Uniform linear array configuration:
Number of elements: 24
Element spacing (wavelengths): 0.25
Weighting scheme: exponential
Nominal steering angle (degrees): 15
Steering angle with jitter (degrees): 16.267
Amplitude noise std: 0.05
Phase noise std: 0.05

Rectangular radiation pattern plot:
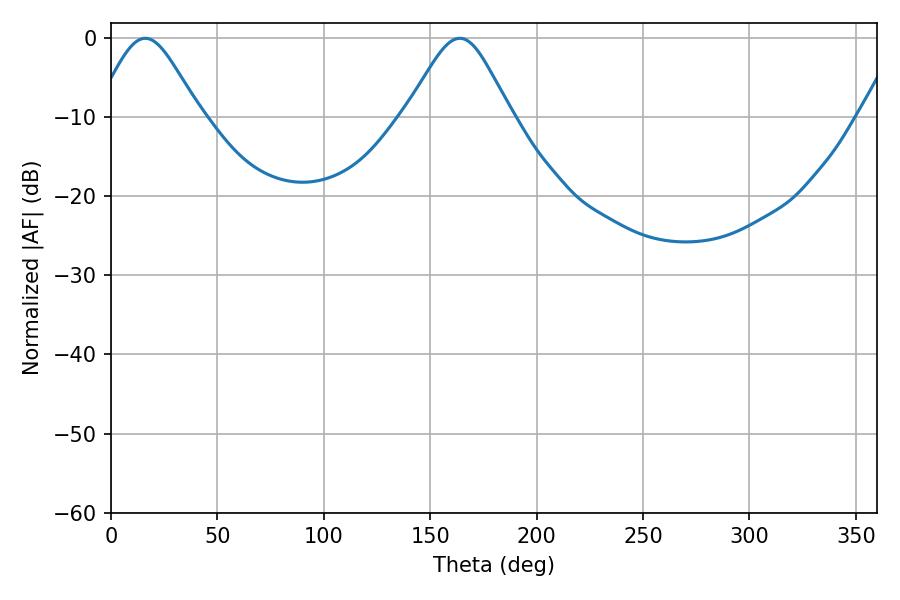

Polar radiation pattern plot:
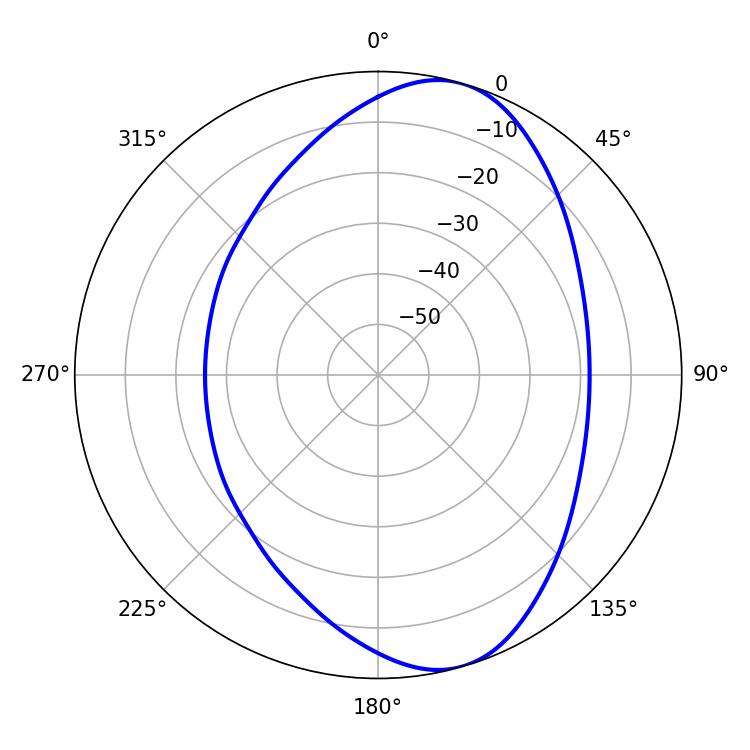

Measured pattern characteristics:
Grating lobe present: FALSE
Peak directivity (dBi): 8.291
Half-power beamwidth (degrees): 24.12
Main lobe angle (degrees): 16.02